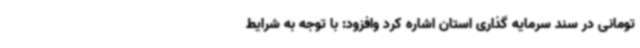
تومانی در سند سرمایه گذاری استان اشاره کرد وافزود: با توجه به شرایط